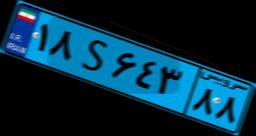
۹۲S۰۵۷۴۴